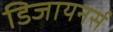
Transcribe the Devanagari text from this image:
डिजायनर्स